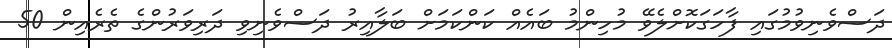
ދަސްވެނިވުމުގައި ފާހަގަކޮށްލެވޭ މުހިންމު ބައެއް ކަންކަމަށް ބަލާއިރު ދަސްވެނިވި ދަރިވަރުންގެ ތެރެއިން 50